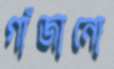
গাঁজানো